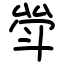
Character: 斚